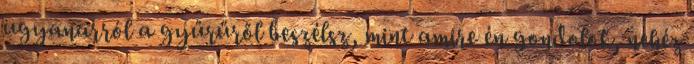
ugyanarról a gyűrűről beszélsz, mint amire én gondolok, nehéz